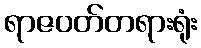
ရာဇဝတ်တရားရုံး